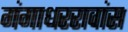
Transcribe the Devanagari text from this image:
गंगाधररावांस